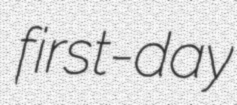
first-day